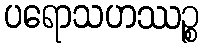
ပရောသဟဿဉ္စ